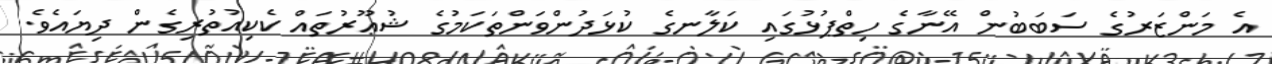
އެ މަންޒަރުގެ ސަބަބުން އޭނާގެ ހިތްޕުޅުގައި ކަލާނގެ ކުޅަދުންވަންތަކަމުގެ ޝުޢޫރުތައް ކެކިއުތުރިގެން ދިޔައެވެ.